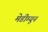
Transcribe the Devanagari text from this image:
मेडीम्यून